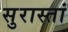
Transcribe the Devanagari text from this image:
सुरास्तां